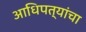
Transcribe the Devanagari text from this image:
आधिपत्यांचा